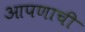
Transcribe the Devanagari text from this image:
आपणाची